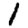
Digit: 1